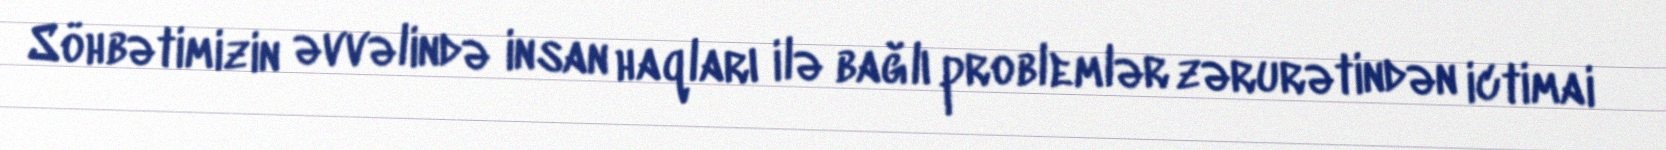
Söhbətimizin əvvəlində insan haqları ilə bağlı problemlər zərurətindən ictimai